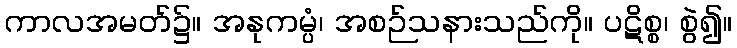
ကာလအမတ်၌။ အနုကမ္ပံ၊ အစဉ်သနားသည်ကို။ ပဋိစ္စ၊ စွဲ၍။